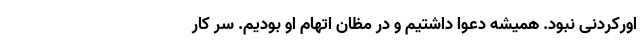
اورکردنی نبود. همیشه دعوا داشتیم و در مظان اتهام او بودیم. سر کار